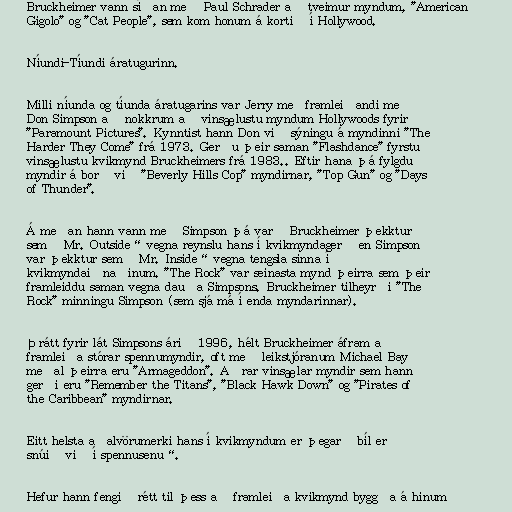
Bruckheimer vann síðan með Paul Schrader að tveimur myndum, "American
Gigolo" og "Cat People", sem kom honum á kortið í Hollywood.

Níundi-Tíundi áratugurinn.

Milli níunda og tíunda áratugarins var Jerry meðframleiðandi með
Don Simpson að nokkrum að vinsælustu myndum Hollywoods fyrir
"Paramount Pictures". Kynntist hann Don við sýningu á myndinni "The
Harder They Come" frá 1973. Gerðu þeir saman "Flashdance" fyrstu
vinsælustu kvikmynd Bruckheimers frá 1983.. Eftir hana þá fylgdu
myndir á borð við "Beverly Hills Cop" myndirnar, "Top Gun" og "Days
of Thunder".

Á meðan hann vann með Simpson þá varð Bruckheimer þekktur
sem „Mr. Outside“ vegna reynslu hans í kvikmyndagerð en Simpson
var þekktur sem „Mr. Inside“ vegna tengsla sinna í
kvikmyndaiðnaðinum. "The Rock" var seinasta mynd þeirra sem þeir
framleiddu saman vegna dauða Simpsons. Bruckheimer tilheyrði "The
Rock" minningu Simpson (sem sjá má í enda myndarinnar).

Þrátt fyrir lát Simpsons árið 1996, hélt Bruckheimer áfram að
framleiða stórar spennumyndir, oft með leikstjóranum Michael Bay
meðal þeirra eru "Armageddon". Aðrar vinsælar myndir sem hann
gerði eru "Remember the Titans", "Black Hawk Down" og "Pirates of
the Caribbean" myndirnar.

Eitt helsta aðalvörumerki hans í kvikmyndum er þegar „bíl er
snúið við í spennusenu“.

Hefur hann fengið rétt til þess að framleiða kvikmynd byggða á hinum